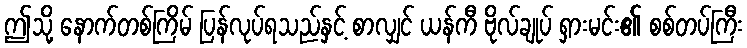
ဤသို့ နောက်တစ်ကြိမ် ပြန်လုပ်ရသည်နှင့် စာလျှင် ယန်ကီ ဗိုလ်ချုပ် ရှားမင်း၏ စစ်တပ်ကြီး